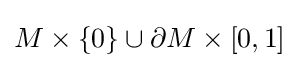
M\times \{0\}\cup \partial M\times [0,1]